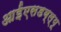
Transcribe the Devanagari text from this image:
आईएसडब्ल्यू